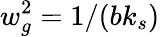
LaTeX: w_{g}^{2}=1/(bk_{s})